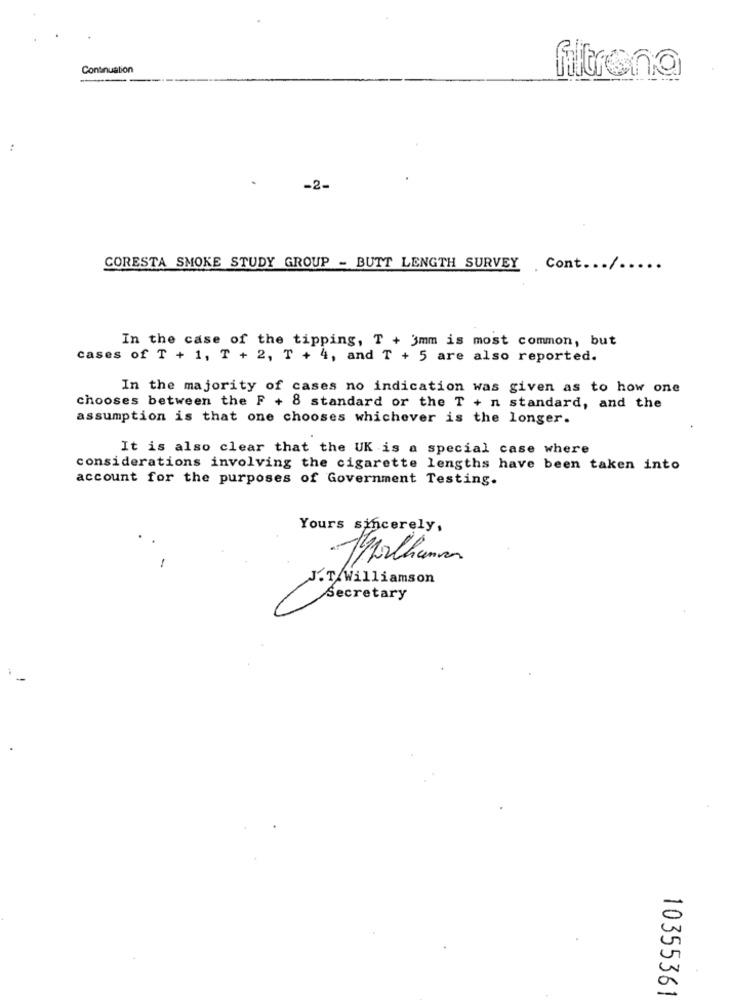
Continuation
filtrena
:
-2.
CORESTA SMOKE STUDY GROUP - BUTT LENGTH SURVEY Cont ... / .....
In the case of the tipping, T + 3mm is most common, but
cases of T + 1, T + 2, T + 4, and T + 5 are also reported.
In the majority of cases no indication was given as to how one
chooses between the F + 8 standard or the T + n standard, and the
assumption is that one chooses whichever is the longer.
It is also clear that the UK is a special case where
considerations involving the cigarette lengths have been taken into
account for the purposes of Government Testing.
Yours sincerely,
Morthemen
-
.T.Williamson
Secretary
10355361